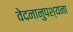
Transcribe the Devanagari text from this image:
वेदनानुपश्यना